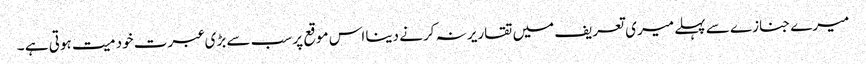
میرے جنازے سے پہلے میری تعریف میں تقاریر نہ کرنے دینا اس موقع پر سب سے بڑی عبرت خود میت ہوتی ہے ۔